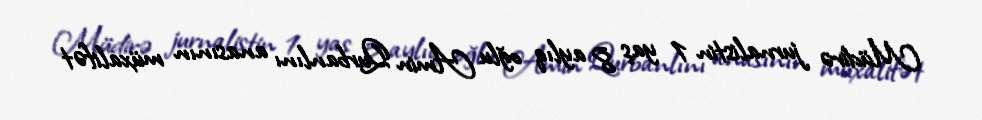
Müdirə jurnalistin 1 yaş 8 aylıq oğlu Amin Qurbanlını anasının müxalifət